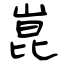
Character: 崑